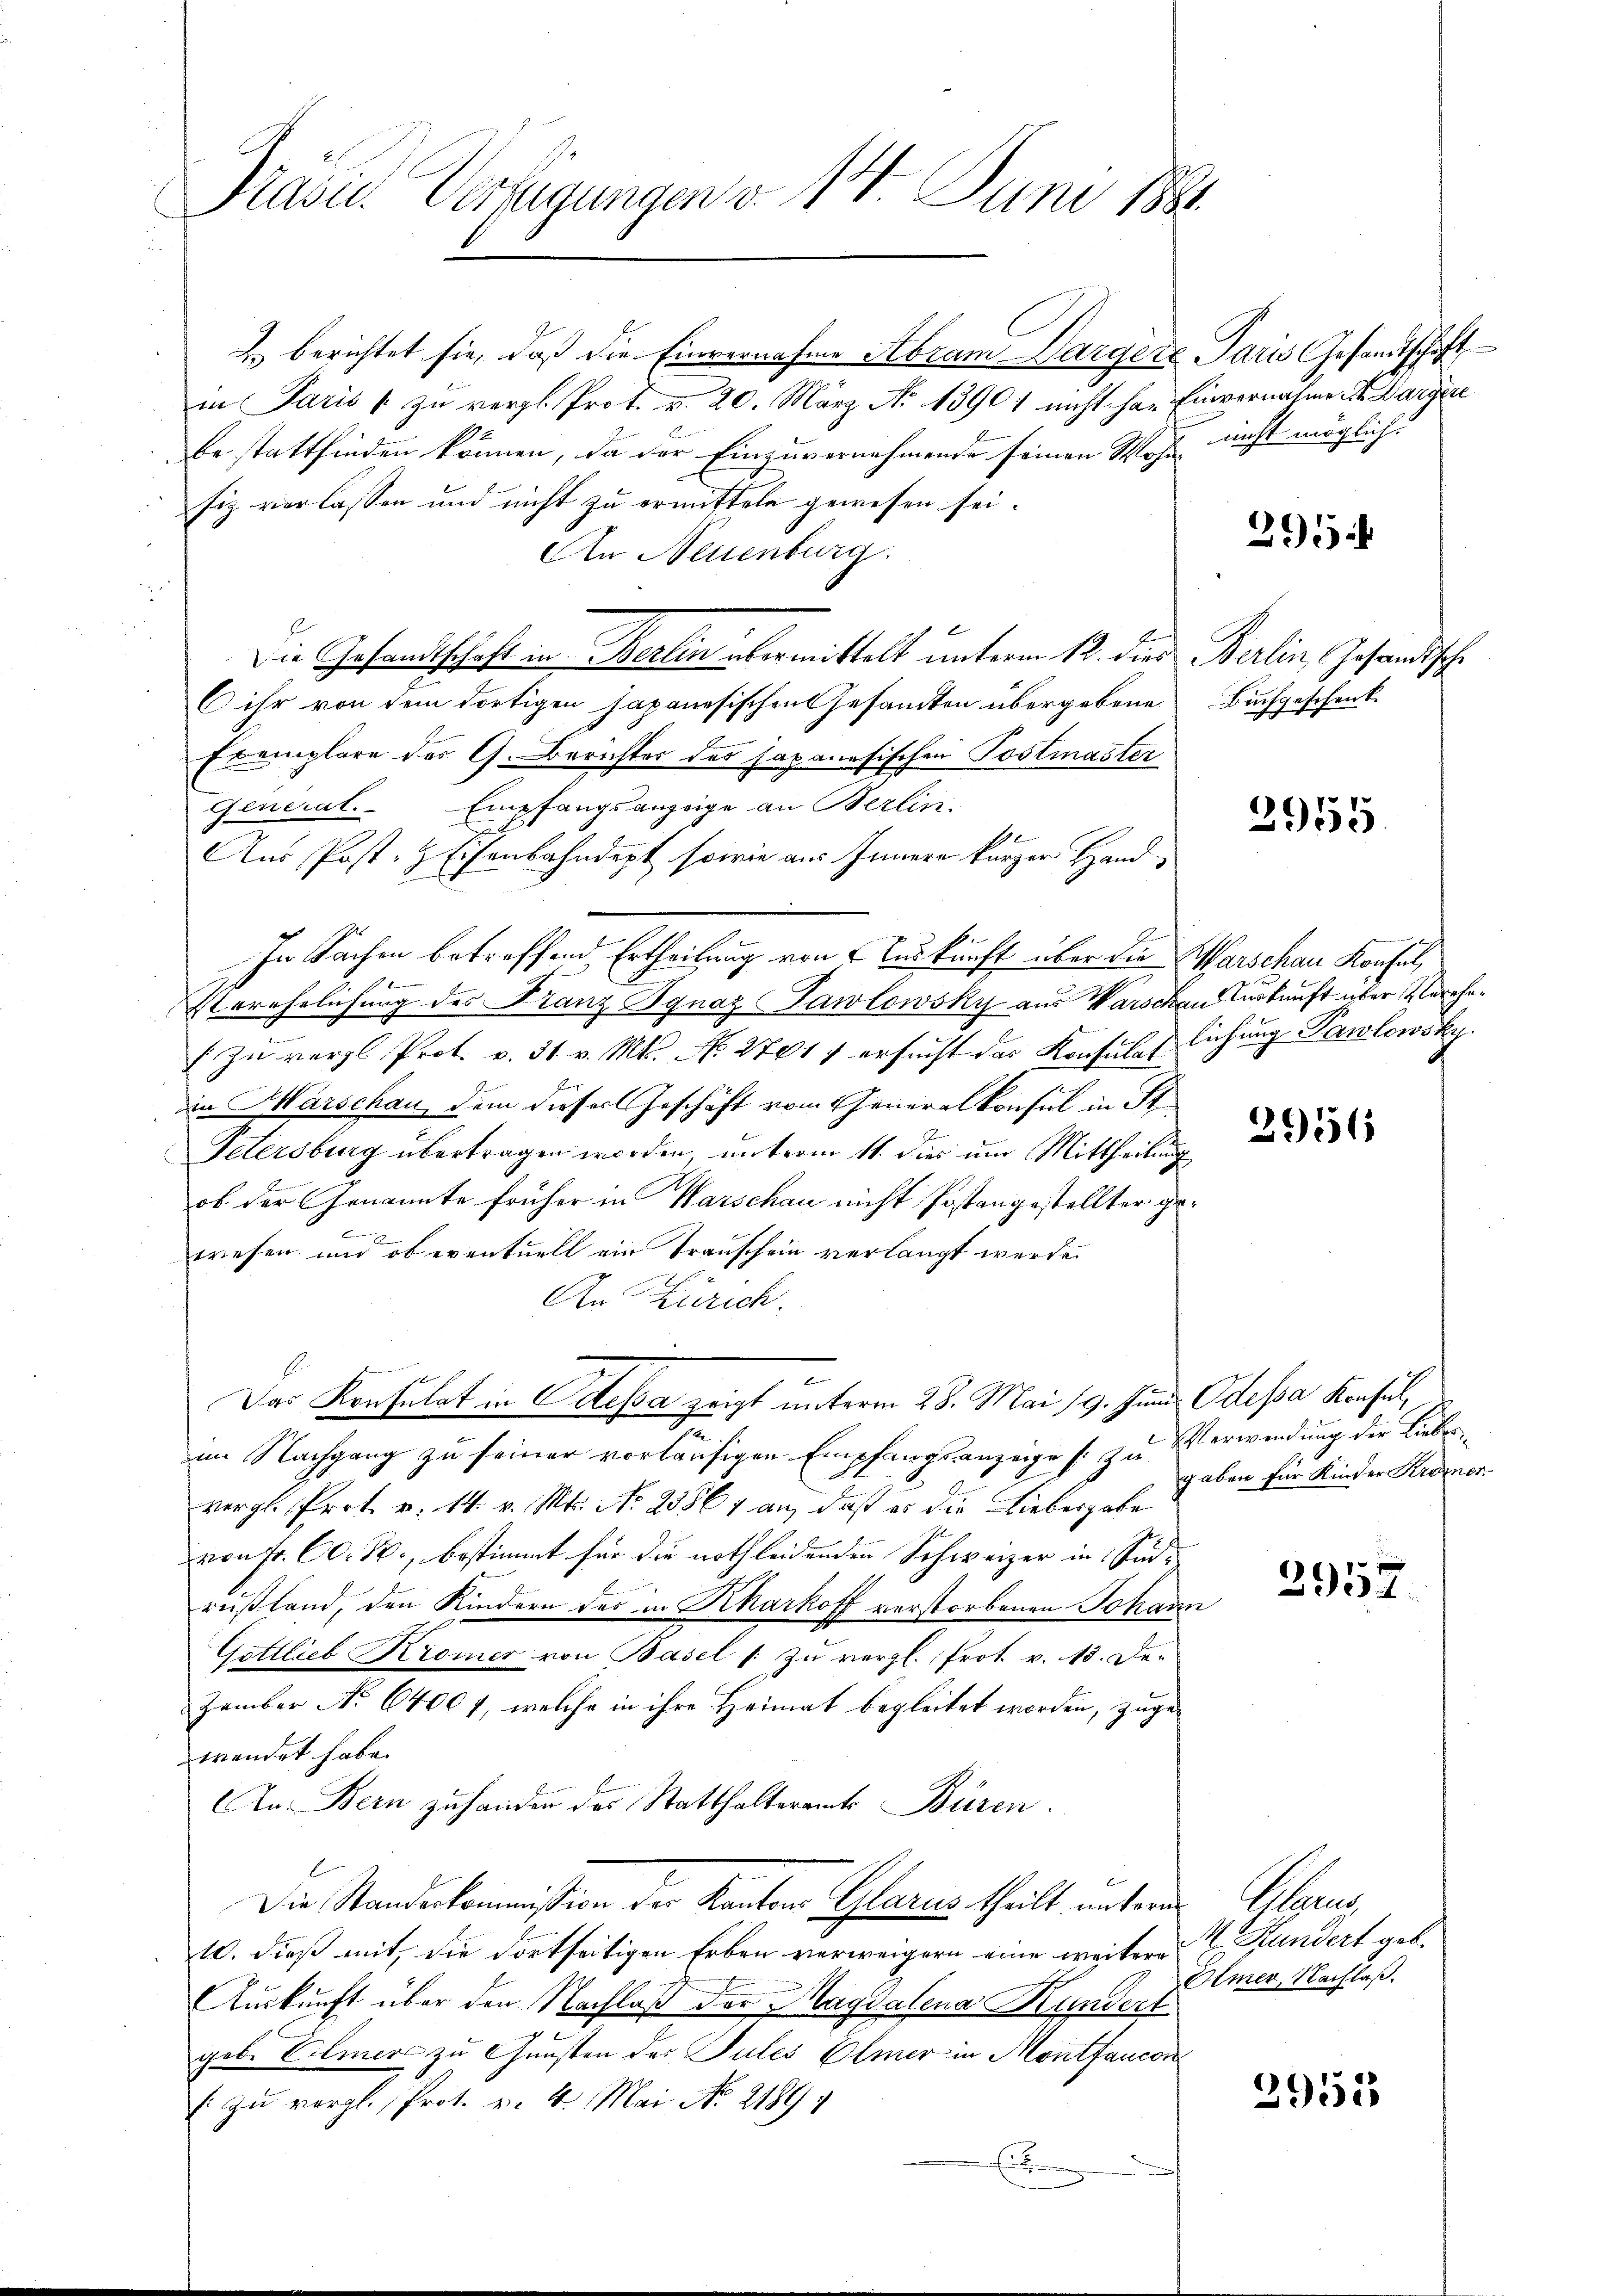
Präsid.. Verfügungen d. 14. Juni 1884.
C

& berichtet sie, daß die Einvernahme Abram Warger Paris Gesandtschaft
in Paris 1 zu vergl. Prot. v. 20. März No 1390) nicht har Einvernahme der Dargere
be stattfinden können, da der Einzuvernehmende seinen Wohl nicht möglich.
siz verlassen und nicht zu ermitteln gewesen sei.
An Neuenburg.
2
Die Gesandtschaft in Berlin übermittelt unterm 12. die Berlin, Gesandtsch
ihr von dem dortigen japanesischen Gesandten übergebene Buchgeschenk-
Exemplare der G. Berichter des Japanesischen Postmaster
Empfangsanzeige an Berlin.
Generat.
Aus Post- & Eisenbahndept, sowie aus Innern kurzer Hand
In Sachen betreffend Ertheilung von Auskunft über die Marschau Konfel
Verehelichung des Franz Ignaz Pawlowsky aus Warschen Auskunft über Verehe¬
Zu vergl. Prot. v. 31. v. Mt. No. 27017 ersucht das Konsulatlichung Pawlowsky.
in Marschau, dem dieser Geschäft vom Generalkonsul in St
Petersburg übertragen worden unterm 11. dies um Mittheilung
ob der Genannte früher in Warschau nicht Postangestellter gex
wesen und ob eventuell ein Transchein verlangt werde.
An Zürich.
Das Konsulat in Odessa zeigt unterm 28. Mai 19. Juni Odessa Konsul,
i
im Nachgang zu seiner vorläufigen Empfangsanzeige zu Verwendung der Liebervergl. Prot. v. 14. v. Mts. No. 23861 an, daß er die Liebergabe
von Fr. C. R., bestimmt für die noth leidenden Schweizer in Südrußland, den Kindern des in Kharkoff verstorbenen Johann
Gottlieb Kromer von Basel zu vergl. Prot. v. 15. De-
zember No 64001, welche in ihre Heimat begleitet worden, zugewendet habe.
An Bern zuhanden des Statthalteramts Büren.
l
Die Standeskommission der Kantons Glarus theilt unterm Glarus,
10. dieß mit, die dortseitigen Erben verweigern eine weiteres E. Kundert geb.
Auskunft über den Nachlaß der Magdalena Kundert
geb. Elmer zu Gunsten der Sules Elmer in Montfaucon
( zŭ vergl. Prot. v. 4. Mai No 2189;
Ei

295

2955

2956

gaben für Kinder Krozner

2957.

Olmer, Nachlaß.

2951